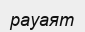
рауаят